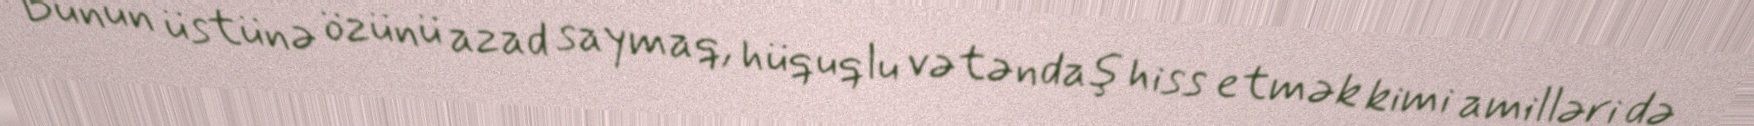
Bunun üstünə özünü azad saymaq, hüquqlu vətəndaş hiss etmək kimi amilləri də